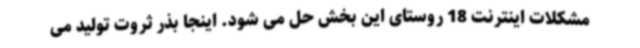
مشکلات اینترنت 18 روستای این بخش حل می شود. اینجا بذر ثروت تولید می